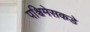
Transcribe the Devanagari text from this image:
पश्चिमेसकडे